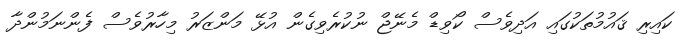
ކައިރި ޤައުމުތަކުގައި އަދިވެސް ކޯވިޑް މެނޭޖް ނުކުރެވިގެން އުޅޭ މަންޒަރު މިހާރުވެސް ފެންނަމުންދާ